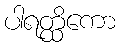
ပါရတ္ထိကော